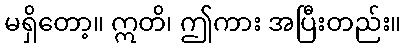
မရှိတော့။ ဣတိ၊ ဤကား အပြီးတည်း။